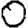
Digit: 0